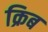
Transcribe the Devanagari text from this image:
क्रिब